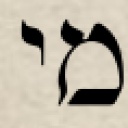
מי